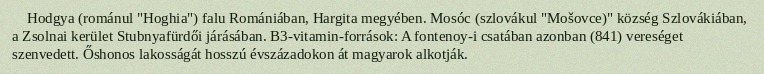
Hodgya (románul "Hoghia") falu Romániában, Hargita megyében. Mosóc (szlovákul "Mošovce)" község Szlovákiában, a Zsolnai kerület Stubnyafürdői járásában. B3-vitamin-források: A fontenoy-i csatában azonban (841) vereséget szenvedett. Őshonos lakosságát hosszú évszázadokon át magyarok alkotják.